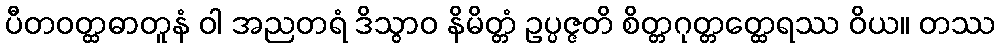
ပီတဝတ္ထဓာတူနံ ဝါ အညတရံ ဒိသွာဝ နိမိတ္တံ ဥပ္ပဇ္ဇတိ စိတ္တဂုတ္တတ္ထေရဿ ဝိယ။ တဿ